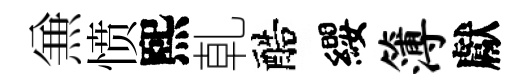
𠔥愤熙乹醅纓簿獻